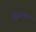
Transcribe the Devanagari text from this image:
झिंबाब्वेला